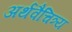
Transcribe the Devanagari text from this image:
अर्थवैचित्र्य